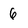
Character: 6